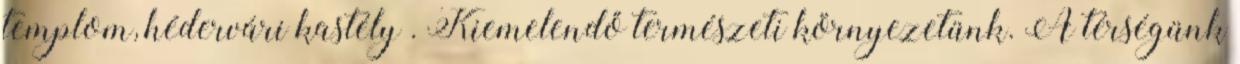
templom, hédervári kastély . Kiemelendő természeti környezetünk. A térségünk